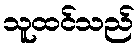
သူထင်သည်